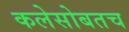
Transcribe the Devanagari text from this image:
कलेसोबतच